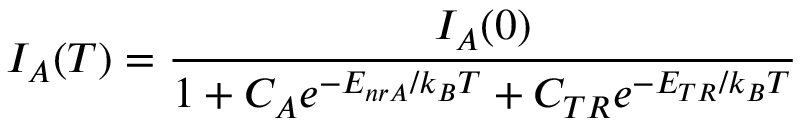
I _ { A } ( T ) = \frac { I _ { A } ( 0 ) } { 1 + C _ { A } e ^ { - E _ { n r A } / k _ { B } T } + C _ { T R } e ^ { - E _ { T R } / k _ { B } T } }